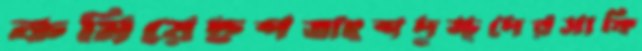
কমিয়েছশতাংশদুস্থদেরসাফি